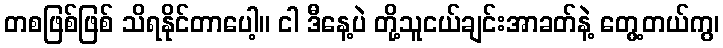
တစဖြစ်ဖြစ် သိရနိုင်တာပေါ့။ ငါ ဒီနေ့ပဲ တို့သူငယ်ချင်းအာခတ်နဲ့ တွေ့တယ်ကွ၊